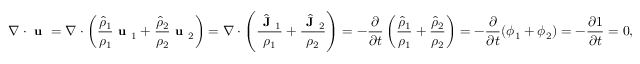
\small \nabla \cdot \textbf { u } = \nabla \cdot \left( \frac { \hat { \rho } _ { 1 } } { \rho _ { 1 } } \textbf { u } _ { 1 } + \frac { \hat { \rho } _ { 2 } } { \rho _ { 2 } } \textbf { u } _ { 2 } \right) = \nabla \cdot \left( \frac { \hat { \textbf { J } } _ { 1 } } { \rho _ { 1 } } + \frac { \hat { \textbf { J } } _ { 2 } } { \rho _ { 2 } } \right) = - \frac { \partial } { \partial t } \left( \frac { \hat { \rho } _ { 1 } } { \rho _ { 1 } } + \frac { \hat { \rho } _ { 2 } } { \rho _ { 2 } } \right) = - \frac { \partial } { \partial t } ( \phi _ { 1 } + \phi _ { 2 } ) = - \frac { \partial 1 } { \partial t } = 0 ,